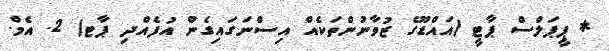
* ޕީޕަލްސް ޕާޓީ (އައްޑޫގެ ޒުވާނުންތަކެއް އިސްނަގައިގެން އުފެއްދި ޕާޓ) 2. އެމް.